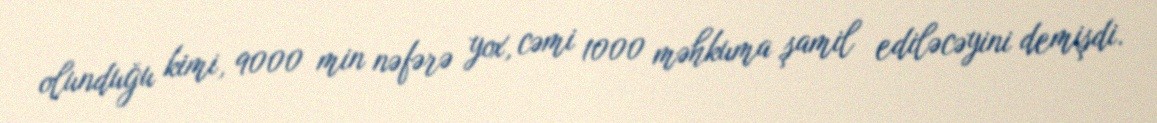
olunduğu kimi, 9000 min nəfərə yox, cəmi 1000 məhkuma şamil ediləcəyini demişdi.